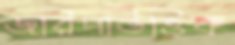
জরিপভিত্তিক